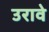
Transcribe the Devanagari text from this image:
उरावे